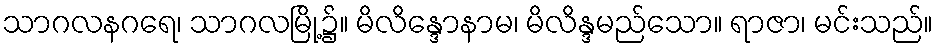
သာဂလနဂရေ၊ သာဂလမြို့၌။ မိလိန္ဒောနာမ၊ မိလိန္ဒမည်သော။ ရာဇာ၊ မင်းသည်။